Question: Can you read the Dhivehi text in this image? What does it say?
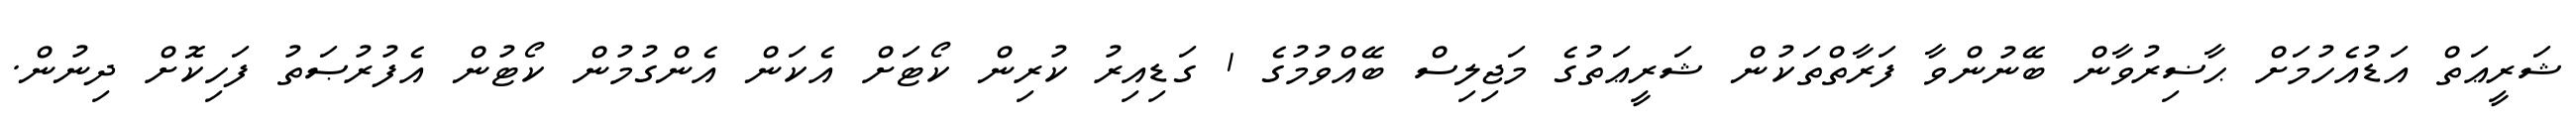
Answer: ޝަރީޢަތް އަޑުއެހުމަށް ޙާޟިރުވާން ބޭނުންވާ ފަރާތްތަކުން ޝަރީޢަތުގެ މަޖިލިސް ބޭއްވުމުގެ 1 ގަޑިއިރު ކުރިން ކޯޓަށް އެކަން އެންގުމުން ކޯޓުން އެފުރުޞަތު ފަހިކޮށް ދިނުން.